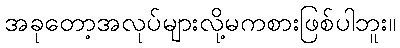
အခုတော့အလုပ်များလို့မကစားဖြစ်ပါဘူး။